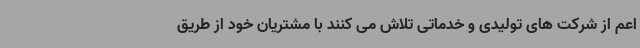
اعم از شرکت های تولیدی و خدماتی تلاش می کنند با مشتریان خود از طریق